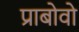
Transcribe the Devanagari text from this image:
प्राबोवो